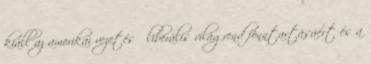
kiáll az amerikai vezetésű liberális világrend fönntartásáért és a